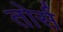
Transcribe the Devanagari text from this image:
तोर्स